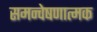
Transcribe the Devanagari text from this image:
समन्वेषणात्मक